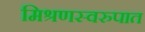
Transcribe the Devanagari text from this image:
मिश्रणस्वरुपात